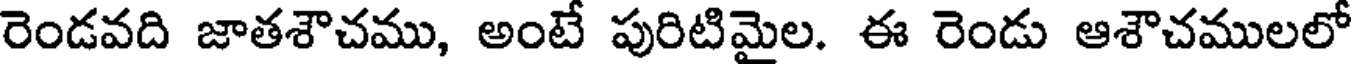
రెండవది జాతశౌచము, అంటే పురిటిమైల. ఈ రెండు ఆశౌచములలో